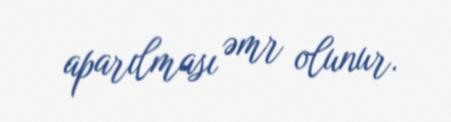
aparılması əmr olunur.